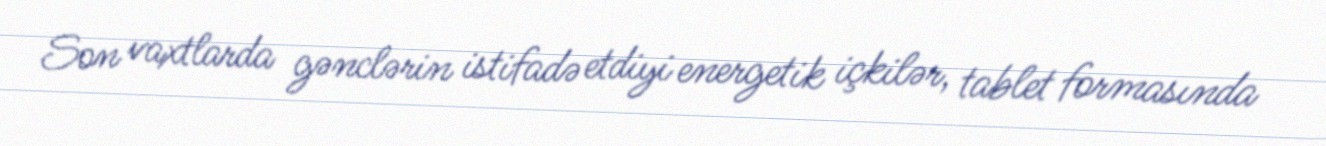
Son vaxtlarda gənclərin istifadə etdiyi energetik içkilər, tablet formasında